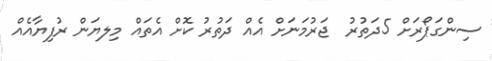
ސިންގަޕޯރަށް 5ދަތުރު  ޖަރުމަނަށް އެއް ދަތުރު ކޮށް އެތައް މިލޔަން ރުފިޔާއެއް